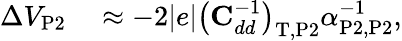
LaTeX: \begin{array}{rl}{\Delta V_{\mathrm{P2}}}&{{}\approx-2|e|\big(\mathrm{\textbf{C}}_{dd}^{-1}\big)_{\mathrm{T},\mathrm{P2}}\alpha_{\mathrm{P2},\mathrm{P2}}^{-1},}\end{array}